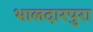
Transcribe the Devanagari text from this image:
भालदारपुरा